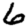
Digit: 6